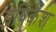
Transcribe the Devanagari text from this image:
ह्रषिकेश